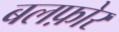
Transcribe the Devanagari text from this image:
बलफ़ोर